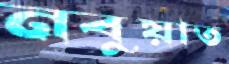
নবুয়াত